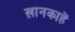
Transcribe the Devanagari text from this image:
ख़ानकाहें